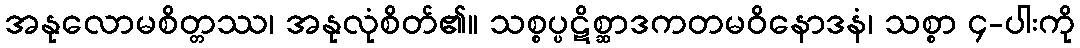
အနုလောမစိတ္တဿ၊ အနုလုံစိတ်၏။ သစ္စပ္ပဋိစ္ဆာဒကတမဝိနောဒနံ၊ သစ္စာ ၄-ပါးကို